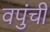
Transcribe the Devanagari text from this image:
वपुंची